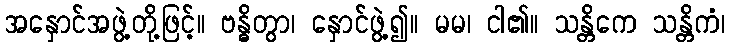
အနှောင်အဖွဲ့တို့ဖြင့်။ ဗန္ဓိတွာ၊ နှောင်ဖွဲ့၍။ မမ၊ ငါ၏။ သန္တိကေ သန္တိကံ၊